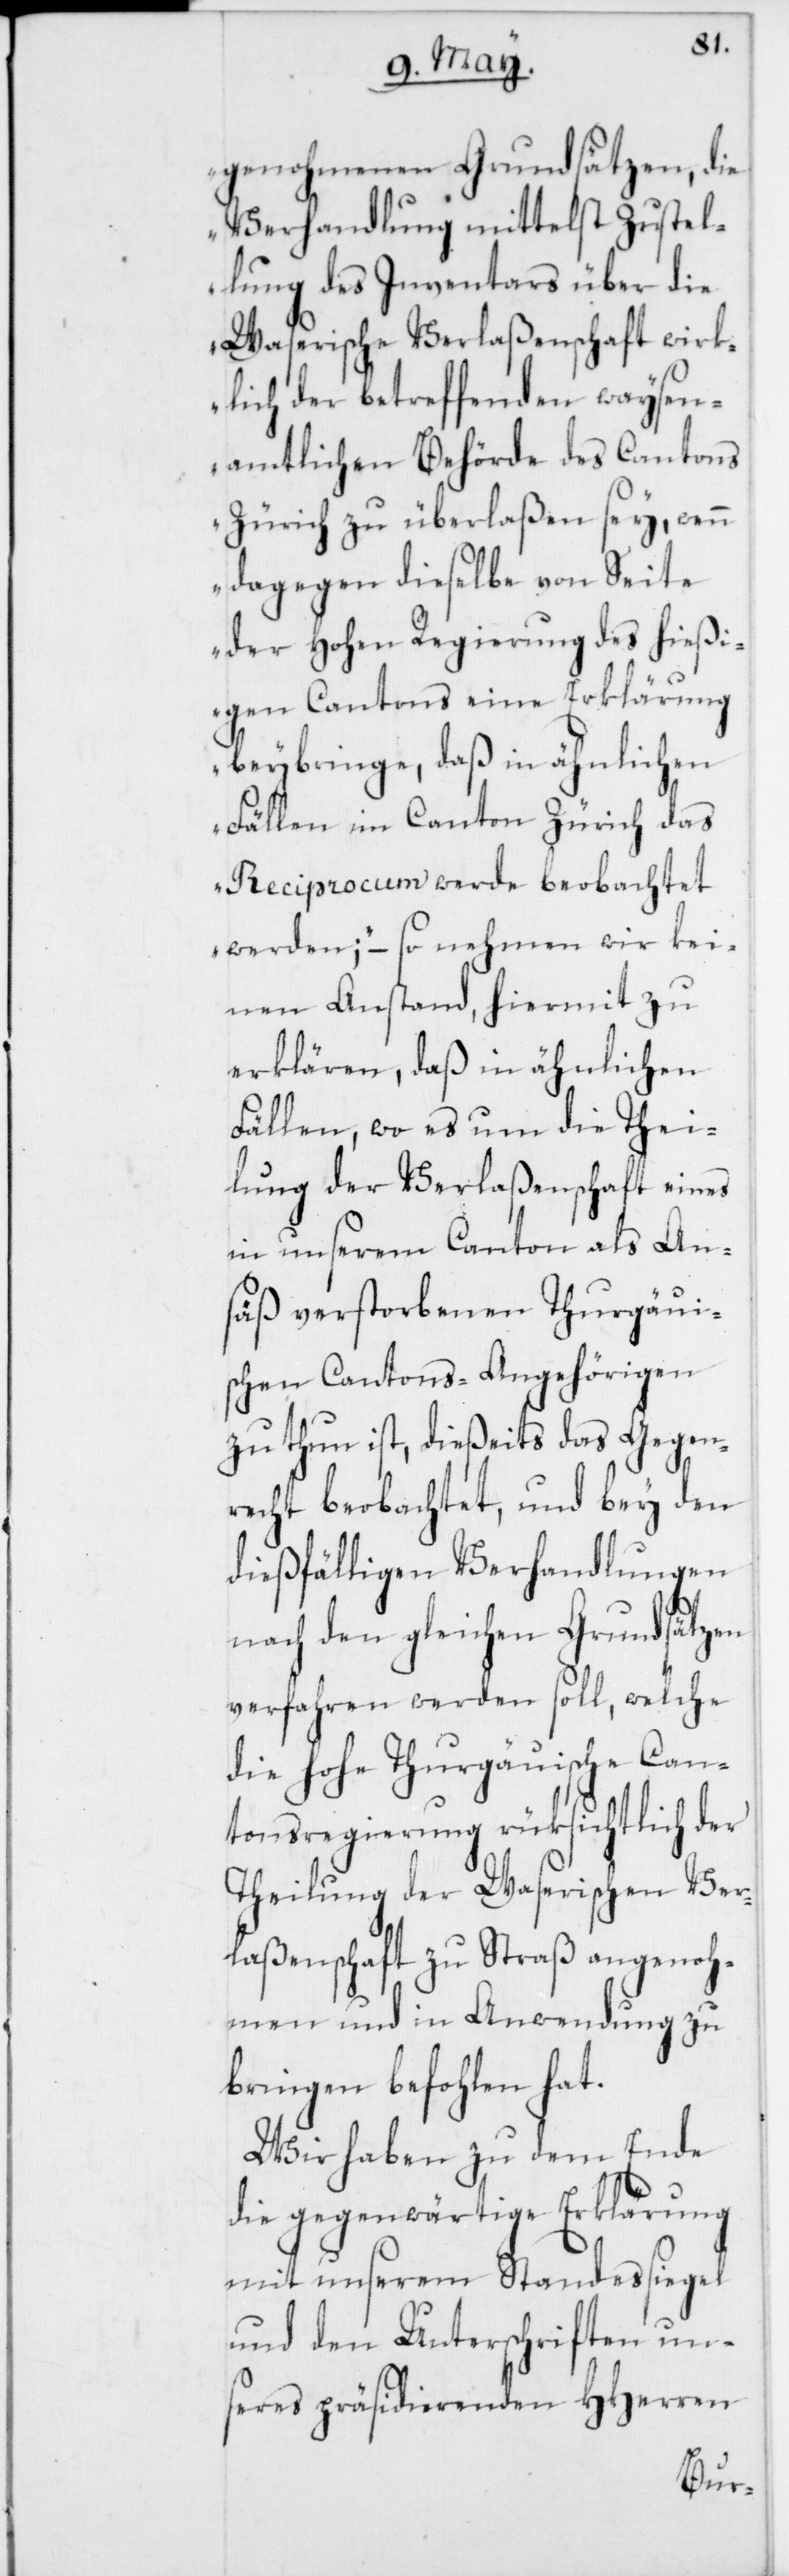
genohmenen Grundsätzen, die
Verhandlung mittelst Zustel¬
lung des Inventars über die
Waserische Verlaßenschaft wirk¬
lich der betreffenden waysen¬
amtlichen Behörde des Cantons
Zürich zu überlaßen sey, wenn
dagegen dieselbe von Seite
der Hohen Regierung des hießi¬
gen Cantons eine Erklärung
beybringe, daß in ähnlichen
Fällen im Canton Zürich das
Reciprocum werde beobachtet
werden;“ – so nehmen wir kei¬
nen Anstand, hiermit zu
erklären, daß in ähnlichen
Fällen, wo es um die Thei¬
lung der Verlaßenschaft eines
in unserem Canton als An¬
säß verstorbenen Thurgaui¬
schen Cantons-Angeghörigen
zu thun ist, dießeits das Gegen¬
recht beobachtet, und bey den
dießfälligen Verhandlungen
nach den gleichen Grundsätzen
verfahren werden soll, welche
die hohe Thurgauische Can¬
tonsregierung rüksichtlich der
Theilung der Waserischen Ver¬
laßenschaft zu Straß angenoh¬
men und in Anwendung zu
bringen befohlen hat.
Wir haben zu dem Ende
die gegenwärtige Erklärung
mit unserem Standessiegel
und den Unterschriften un¬
seres präsidierenden HHerren